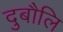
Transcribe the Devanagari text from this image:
दुबौलि